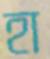
হা